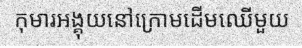
កុមារអង្គុយនៅក្រោមដើមឈើមួយ